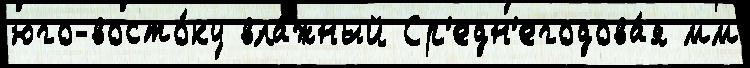
юго-восто́ку вла́жный Ср'едн'егодова́я мм